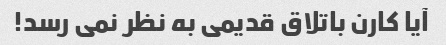
آیا کارن باتلاق قدیمی به نظر نمی رسد!